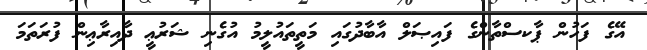
އޭގެ ފަހުން ޕާކސްތާންގެ ފައިޞަލް އާބާދުގައި މަތީތައުލީމު އުގެނި ޝަރުޢީ ދާއިރާޢިން ފުރަތަމަ